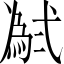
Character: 𱎗